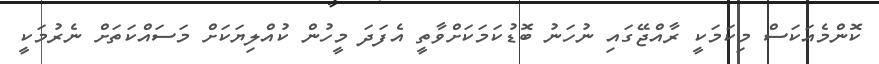
ކޮންމެއަކަސް މިކަމަކީ ރާއްޖޭގައި ނުހަނު ބޮޑުކަމަކަށްވާތީ އެފަދަ މީހުން ކުއްލިޔަކަށް މަސައްކަތަށް ނެރުމަކީ